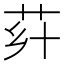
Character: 𦭚